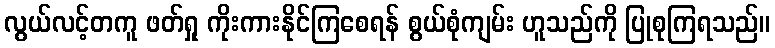
လွယ်လင့်တကူ ဖတ်ရှု ကိုးကားနိုင်ကြစေရန် စွယ်စုံကျမ်း ဟူသည်ကို ပြုစုကြရသည်။